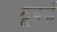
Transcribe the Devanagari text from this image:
टूवर्ड